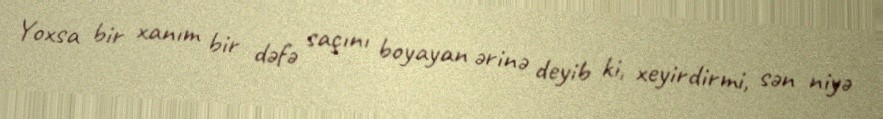
Yoxsa bir xanım bir dəfə saçını boyayan ərinə deyib ki, xeyirdirmi, sən niyə